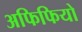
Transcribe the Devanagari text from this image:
अफिफियो